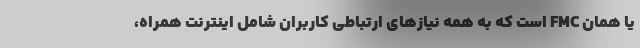
یا همان FMC است که به همه نیازهای ارتباطی کاربران شامل اینترنت همراه،